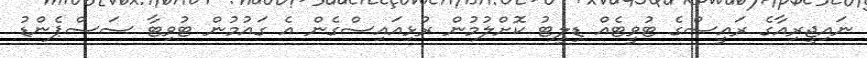
ނައިޖީރިއާގެ ރައީސްގެ ޓުވީޓެއް ޑިލީޓު ކޮށްލުމުން ރުޅިއައިސްގެން އެ ގައުމުން ޓުވިޓާ ސަސްޕެންޑު